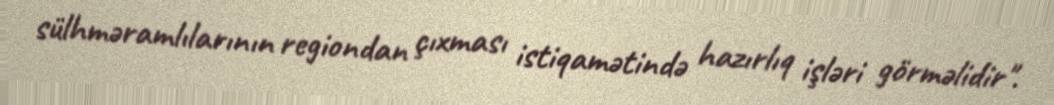
sülhməramlılarının regiondan çıxması istiqamətində hazırlıq işləri görməlidir".